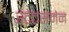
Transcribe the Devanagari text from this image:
स्‍टेट्समेन